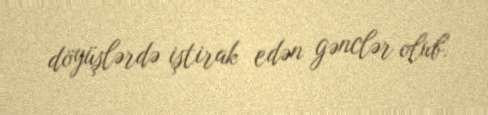
döyüşlərdə iştirak edən gənclər olub.